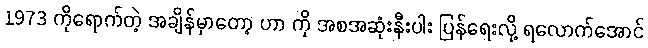
1973 ကိုရောက်တဲ့ အချိန်မှာတော့ ဟာ ကို အစအဆုံးနီးပါး ပြန်ရေးလို့ ရလောက်အောင်